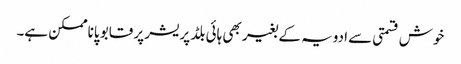
خوش قسمتی سے ادویہ کے بغیر بھی ہائی بلڈ پریشر پر قابو پاناممکن ہے۔